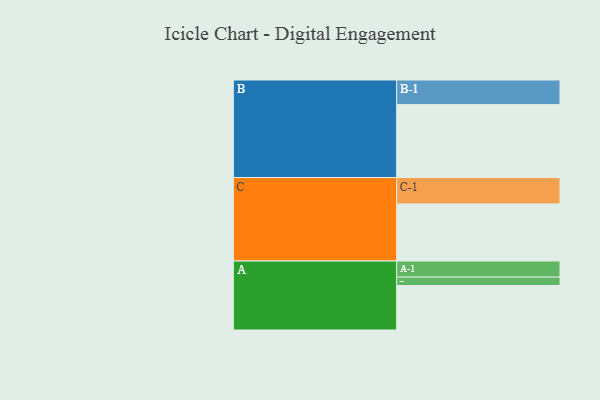
{"axis": {"x": "Segment", "y": "Value"}, "legend": ["", "A", "B", "C"], "data": [{"x": "A", "y": 327, "type": ""}, {"x": "B", "y": 536, "type": ""}, {"x": "C", "y": 420, "type": ""}, {"x": "A-1", "y": 118, "type": "A"}, {"x": "A-2", "y": 62, "type": "A"}, {"x": "B-1", "y": 181, "type": "B"}, {"x": "C-1", "y": 194, "type": "C"}]}